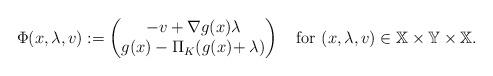
LaTeX: \begin{align*} \Phi(x,\lambda,v):= \left(\begin{matrix} -v+\nabla g(x)\lambda\\ g(x)-\Pi_K(g(x)\!+\lambda) \end{matrix}\right)\quad{\rm for}\ (x,\lambda,v)\in\mathbb{X}\times\mathbb{Y}\times\mathbb{X}. \end{align*}